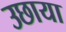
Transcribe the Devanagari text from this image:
उछाया